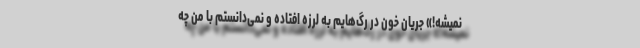
نمیشه!» جریان خون در رگ‌هایم به لرزه افتاده و نمی‌دانستم با من چه